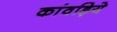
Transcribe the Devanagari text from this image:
कांवड़िये